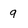
Character: 9